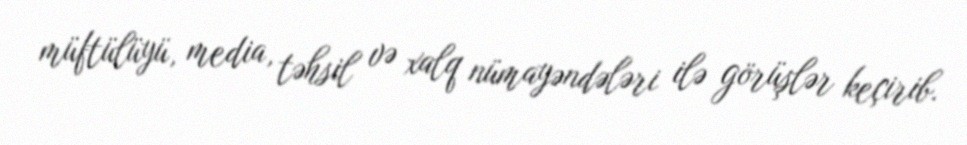
müftülüyü, media, təhsil və xalq nümayəndələri ilə görüşlər keçirib.